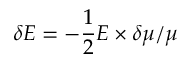
\delta E = - \frac { 1 } { 2 } E \times \delta \mu / \mu